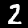
Label: 2